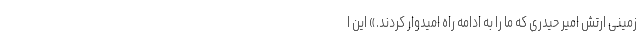
زمینی ارتش امیر حیدری که ما را به ادامه راه امیدوار کردند.» این ا